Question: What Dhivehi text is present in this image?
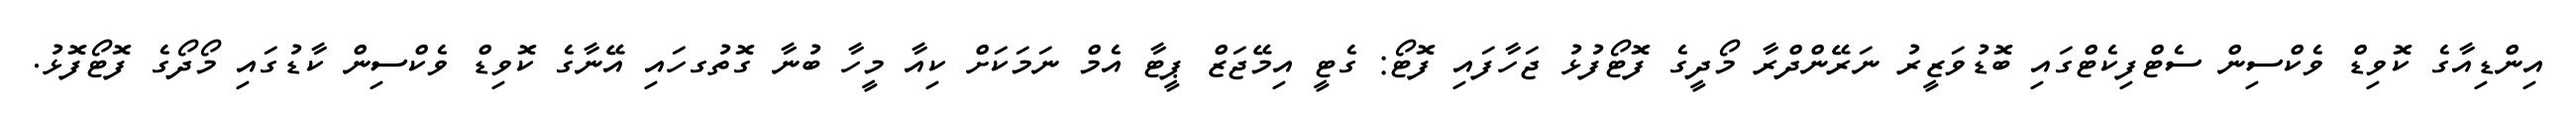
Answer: އިންޑިއާގެ ކޮވިޑް ވެކްސިން ސެޓްފިކެޓްގައި ބޮޑުވަޒީރު ނަރޭންދްރާ މޯދީގެ ފޮޓޯފުޅު ޖަހާފައި ފޮޓޯ: ގެޓީ އިމޭޖަޒް ޕީޓާ އެމް ނަމަކަށް ކިއާ މީހާ ބުނާ ގޮތުގހައި އޭނާގެ ކޮވިޑް ވެކްސިން ކާޑުގައި މޯދޯގެ ފޮޓޯފޮޅު.